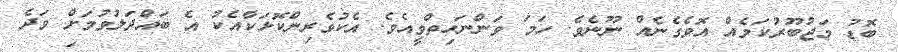
ބޮޑު މަޖުބޫރުކަމެއް އޮވެގެނެއް ނޫނެވެ. ހަމަ ވަންނަހިތްވީއެވެ. އެކުވެރިންކޮޅަކާއެކު އެ ބައްދަލުވުމަށް ވަދެ